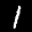
Digit: 1